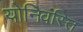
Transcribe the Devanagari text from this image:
योनिवस्ति